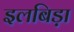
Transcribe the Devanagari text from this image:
इलबिड़ा